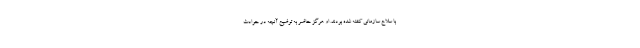
با سلاح سازمانی کشته شده بودند. او هرگز حاضر به توضیح آنچه‌ در حوادث